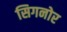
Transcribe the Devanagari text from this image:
सिगनोर